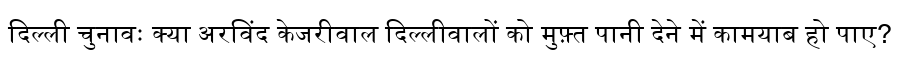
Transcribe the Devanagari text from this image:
दिल्ली चुनावः क्या अरविंद केजरीवाल दिल्लीवालों को मुफ़्त पानी देने में कामयाब हो पाए?